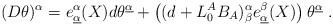
LaTeX: \begin{align*}(D\theta)^\alpha =e^\alpha_{\underline \alpha}(X) d \theta ^{\underline\alpha}+\left ( (d+ L^A_0 B_A)^{\alpha}_ \beta e^\beta _{\underline\alpha}(X) \right)\theta ^{\underline \alpha} \ .\end{align*}